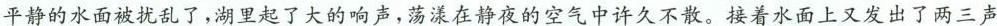
平静的水面被扰乱了，湖里起了大的响声，荡漾在静夜的空气中许久不散。接着水面上又发出了两三声